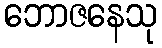
ဘောဇနေသု